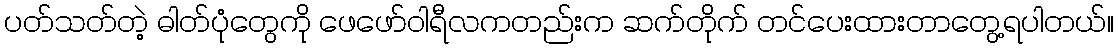
ပတ်သတ်တဲ့ ဓါတ်ပုံတွေကို ဖေဖော်ဝါရီလကတည်းက ဆက်တိုက် တင်ပေးထားတာတွေ့ရပါတယ်။